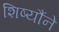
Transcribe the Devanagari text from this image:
शिष्यौंने